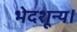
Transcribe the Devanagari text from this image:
भेदशून्य।